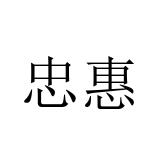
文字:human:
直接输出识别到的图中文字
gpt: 忠惠